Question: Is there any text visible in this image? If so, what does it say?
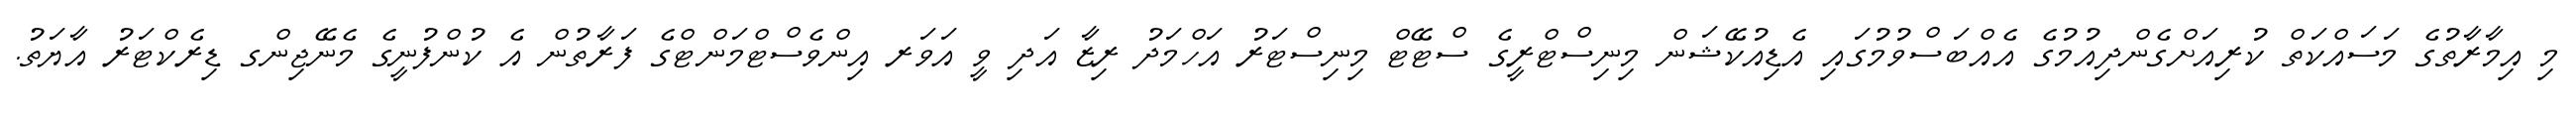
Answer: މި އިމާރާތުގެ މަސައްކަތް ކުރިއަށްގެންދިއުމުގެ އެއްބަސްވުމުގައި އެޑިއުކޭޝަން މިނިސްޓްރީގެ ސްޓޭޓް މިނިސްޓަރު އަހްމަދު ރިޒާ އަދި ވީ އަވަރ އިންވެސްޓްމަންޓްގެ ފަރާތުން އެ ކުންފުނީގެ މެނޭޖިންގ ޑިރެކްޓަރު އާޔަތު.